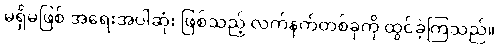
မရှိမဖြစ် အရေးအပါဆုံး ဖြစ်သည့် လက်နက်တစ်ခုကို ထွင်ခဲ့ကြသည်။